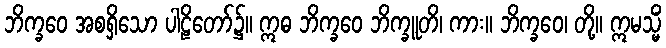
ဘိက္ခဝေ အစရှိသော ပါဠိတော်၌။ ဣဓ ဘိက္ခဝေ ဘိက္ခူတိ၊ ကား။ ဘိက္ခဝေ၊ တို့။ ဣမသ္မိံ